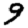
Digit: 9